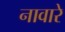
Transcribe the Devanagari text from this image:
नावारे